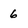
Character: 6